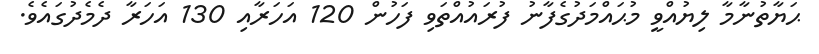
ޙަޔާތުނާމާ ލިޔުއްވީ މުޙައްމަދުގެފާނު ފުރައުއްތަވި ފަހުން 120 އަހަރާއި 130 އަހަރާ ދެމެދުގައެވެ.